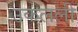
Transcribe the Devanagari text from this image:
उकलली